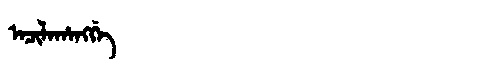
Manchu: ᠠᠴᡳᠯᠠᡥᠠᠩᡤᡝ
Romanization: ACILAHANGGE